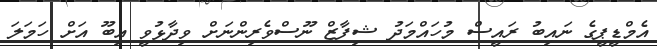
އެމްޑީޕީގެ ނައިބު ރައީސް މުހައްމަދު ޝިފާޒް ނޫސްވެރިންނަށް ވިދާޅުވީ އިބޫ އަށް ހަމަލަ